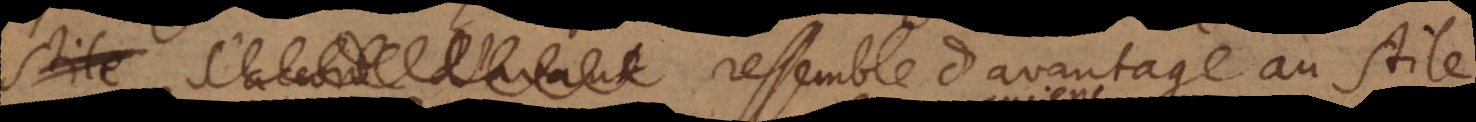
ressemble d’avantage au stile